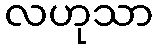
လဟုသာ